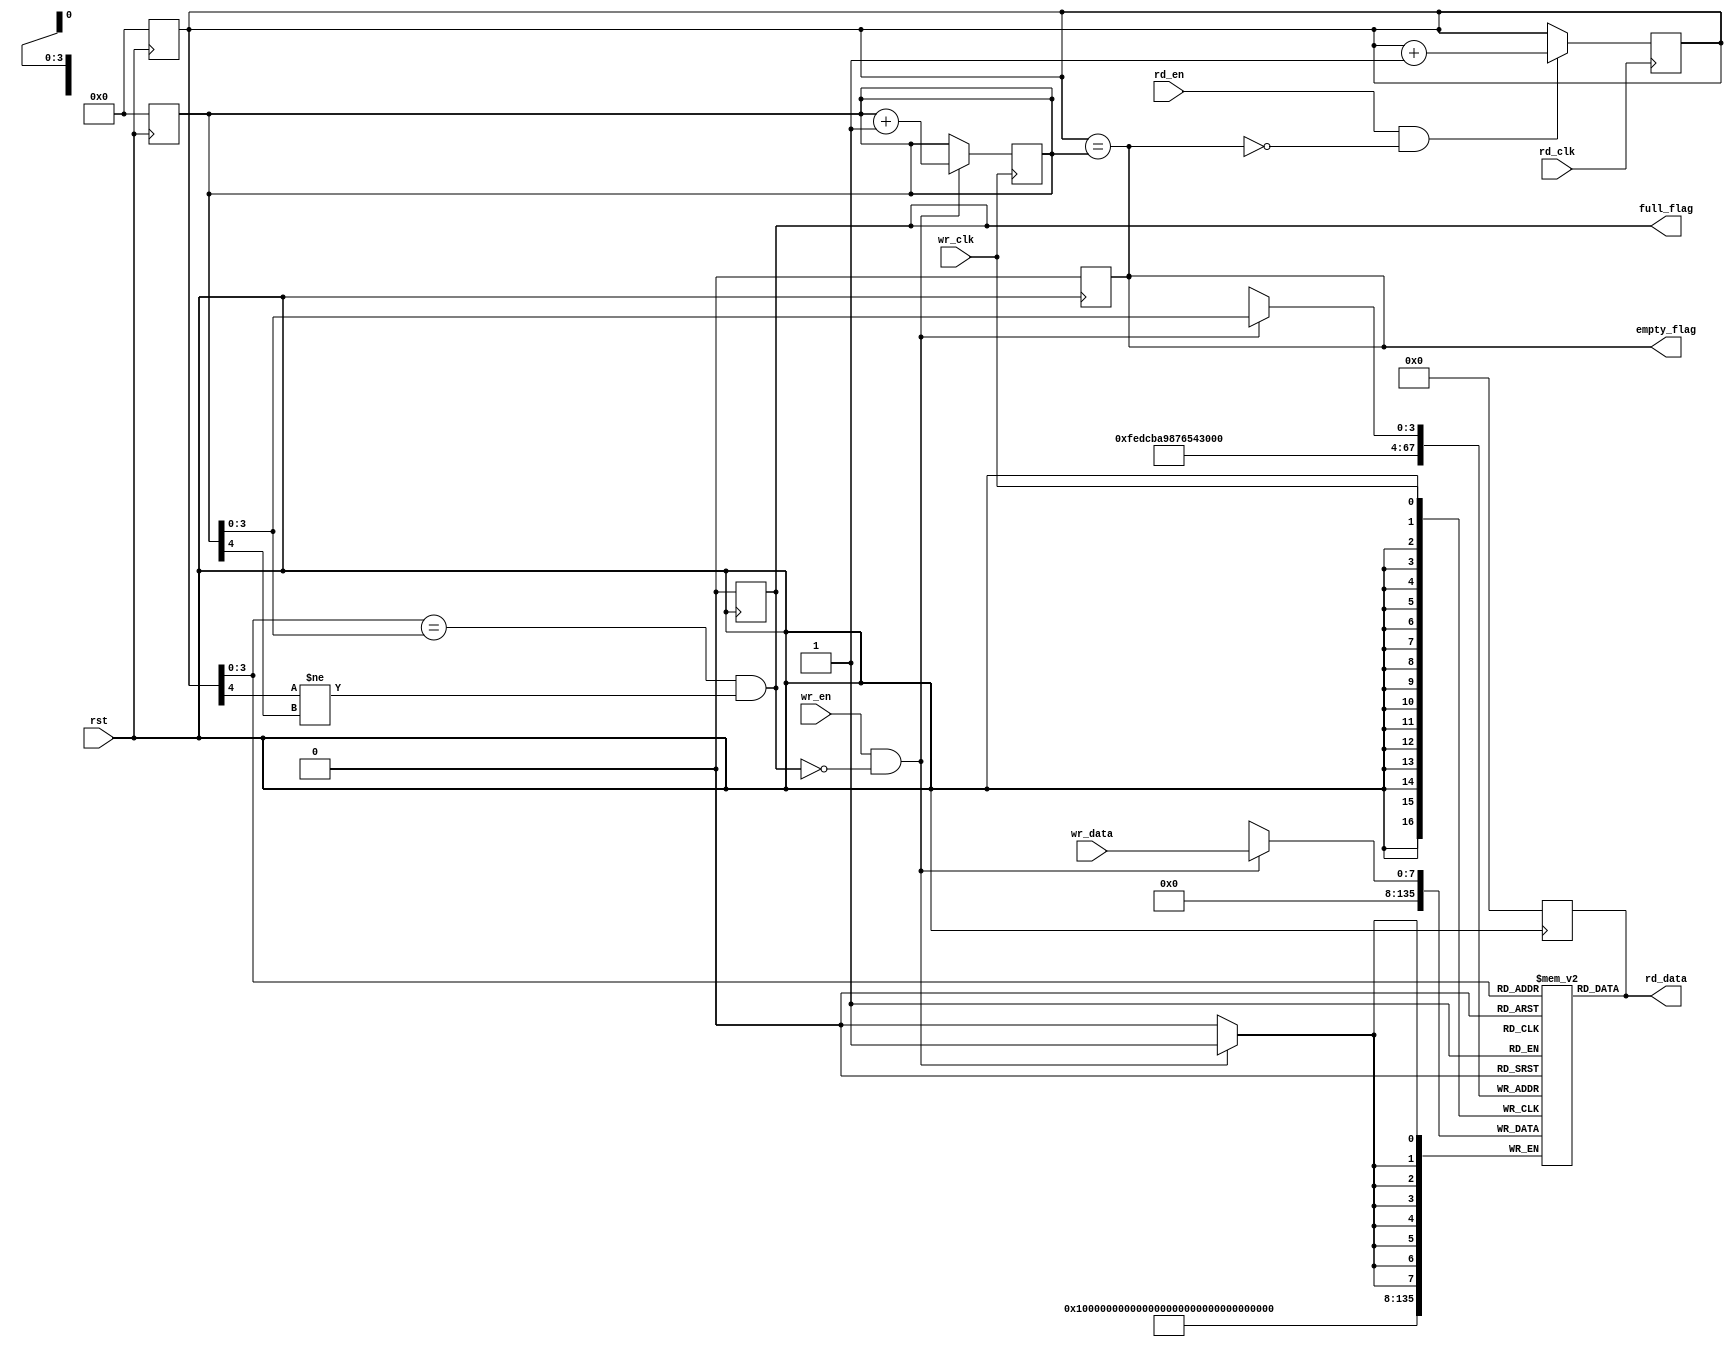
module Async_FIFO #(parameter DEPTH_BITS = 4) (
    input       wire                        wr_en,
    input       wire        [7:0]           wr_data,
    input       wire                        rd_en,
    input       wire                        wr_clk,
    input       wire                        rd_clk,
    input       wire                        rst,
    output      reg         [7:0]           rd_data,
    output      reg                         full_flag,
    output      reg                         empty_flag
);

localparam DEPTH = (2 << DEPTH_BITS-1);

reg     [7:0]                    FIFO           [DEPTH-1 : 0];
reg     [DEPTH_BITS : 0]       wr_ptr, rd_ptr;
integer                          I;

always @ (negedge rst)
    begin
        if (!rst)
            begin
                for (I = 0; I < DEPTH; I = I + 1)
                    begin
                        FIFO[I] <= 0;
                    end
                
                wr_ptr <= 0;
                rd_ptr <= 0;
                rd_data <= 0;
                full_flag <= 0;
                empty_flag <= 0;
            end
    end

always @ (posedge wr_clk)
    begin
        if (wr_en && !full_flag)
            begin
                FIFO[wr_ptr[DEPTH_BITS-1:0]] <= wr_data;
                wr_ptr <= wr_ptr + 1;
            end
    end


always @ (posedge rd_clk)
    begin
        if (rd_en && !empty_flag)
            begin
                rd_ptr <= rd_ptr + 1;
            end
    end


always @ (*)
    begin
        rd_data = FIFO[rd_ptr[DEPTH_BITS-1:0]];
        empty_flag = (rd_ptr == wr_ptr);
        full_flag  = (rd_ptr[DEPTH_BITS-1 : 0] == (wr_ptr[DEPTH_BITS-1 : 0])) && (rd_ptr[DEPTH_BITS] != wr_ptr[DEPTH_BITS]);
    end


endmodule